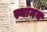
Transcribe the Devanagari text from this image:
स्थामन